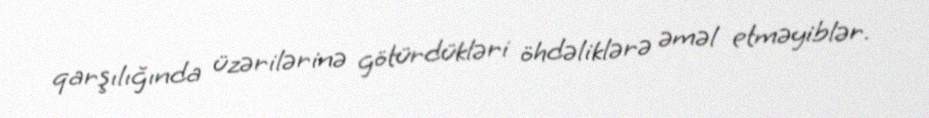
qarşılığında üzərilərinə götürdükləri öhdəliklərə əməl etməyiblər.